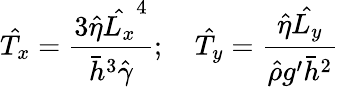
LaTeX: \hat{T_{x}}=\frac{3\hat{\eta}\hat{L_{x}}^{4}}{\bar{h}^{3}\hat{\gamma}};\quad\hat{T_{y}}=\frac{\hat{\eta}\hat{L_{y}}}{\hat{\rho}g^{\prime}\bar{h}^{2}}